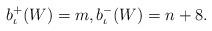
LaTeX: \begin{align*}b^{+}_{\iota}(W) = m,b^{-}_{\iota}(W) = n+8.\end{align*}